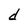
Character: d